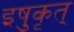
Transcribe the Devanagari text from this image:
इषुकृत्